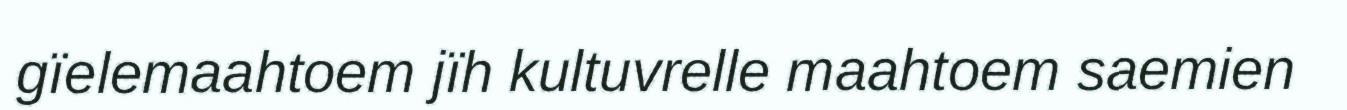
gïelemaahtoem jïh kultuvrelle maahtoem saemien